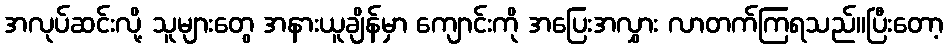
အလုပ်ဆင်းလို့ သူများတွေ အနားယူချိန်မှာ ကျောင်းကို အပြေးအလွှား လာတက်ကြရသည်။ပြီးတော့